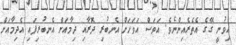
އިވުނީ ގޭގެ އެތެރެއިންނެވެ. އަވަސް އަވަހަށް އެނބުރި ދޮރާއި ދިމާއަށް އެނބުރިފައި އެދިމާއަށް